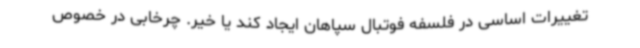
تغییرات اساسی در فلسفه فوتبال سپاهان ایجاد کند یا خیر. چرخابی در خصوص